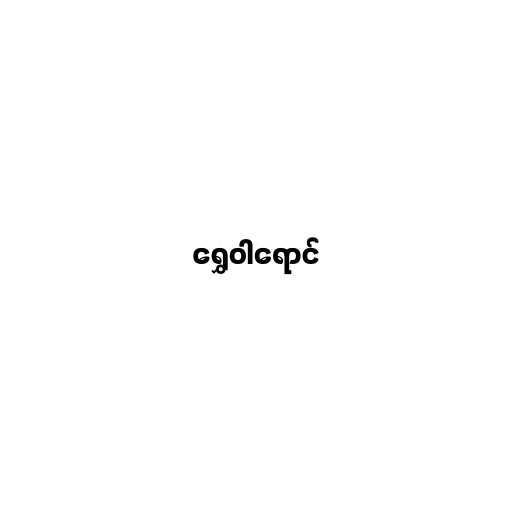
ရွှေဝါရောင်